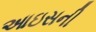
આઇસની